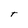
Character: T